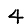
Digit: 4